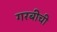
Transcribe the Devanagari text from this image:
गरबीची